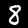
Digit: 8